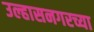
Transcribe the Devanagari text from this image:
उल्हासनगरच्या